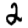
Digit: 2